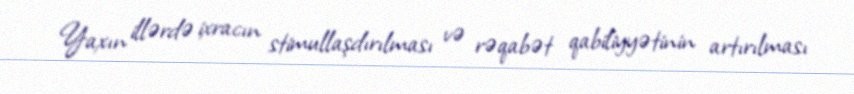
Yaxın illərdə ixracın stimullaşdırılması və rəqabət qabiliyyətinin artırılması